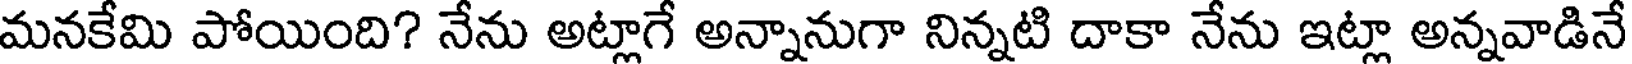
మనకేమి పోయింది? నేను అట్లాగే అన్నానుగా నిన్నటి దాకా నేను ఇట్లా అన్నవాడినే